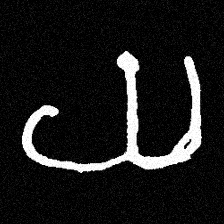
Pyu character \u2014 Myanmar letter: ယ (romanized: ya)